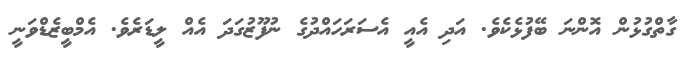
ގާތްގުޅުން އޮންނަ ބޭފުޅެކެވެ. އަދި އެއީ އެސަރަހައްދުގެ ނުފޫޒުގަދަ އެއް ލީޑަރެވެ. އެމްބީޒެޑްވަނީ